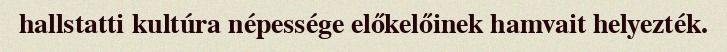
hallstatti kultúra népessége előkelőinek hamvait helyezték.